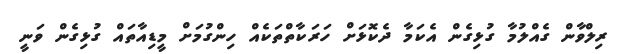
ރިލްވާން ގެއްލުމާ ގުޅިގެން އެކަމާ ދެކޮޅަށް ހަރަކާތްތަކެއް ހިންގުމަށް މީޑިއާތައް ގުޅިގެން ވަނީ